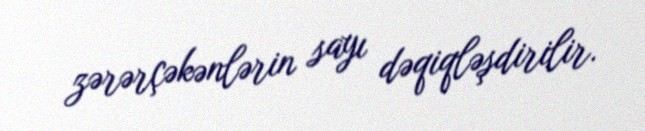
zərərçəkənlərin sayı dəqiqləşdirilir.